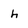
Character: h